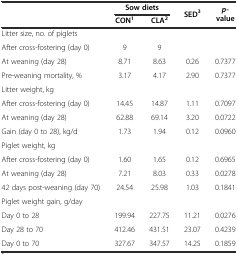
|  | <COLSPAN=2> Sow diets | <ROWSPAN=2> SED3 | <ROWSPAN=2> p-value |
 |  | CON1 | CLA2 |
 | --- | --- | --- | --- | --- |
 | Litter size, no. of piglets |  |  |  |  |
 | After cross-fostering (day 0) | 9 | 9 |  |  |
 | At weaning (day 28) | 8.71 | 8.63 | 0.26 | 0.7377 |
 | Pre-weaning mortality, % | 3.17 | 4.17 | 2.90 | 0.7377 |
 | Litter weight, kg |  |  |  |  |
 | After cross-fostering (day 0) | 14.45 | 14.87 | 1.11 | 0.7097 |
 | At weaning (day 28) | 62.88 | 69.14 | 3.20 | 0.0722 |
 | Gain (day 0 to 28), kg/d | 1.73 | 1.94 | 0.12 | 0.0960 |
 | Piglet weight, kg |  |  |  |  |
 | After cross-fostering (day 0) | 1.60 | 1.65 | 0.12 | 0.6965 |
 | At weaning (day 28) | 7.21 | 8.03 | 0.33 | 0.0278 |
 | 42 days post-weaning (day 70) | 24.54 | 25.98 | 1.03 | 0.1841 |
 | Piglet weight gain, g/day |  |  |  |  |
 | Day 0 to 28 | 199.94 | 227.75 | 11.21 | 0.0276 |
 | Day 28 to 70 | 412.46 | 431.51 | 23.07 | 0.4239 |
 | Day 0 to 70 | 327.67 | 347.57 | 14.25 | 0.1859 |